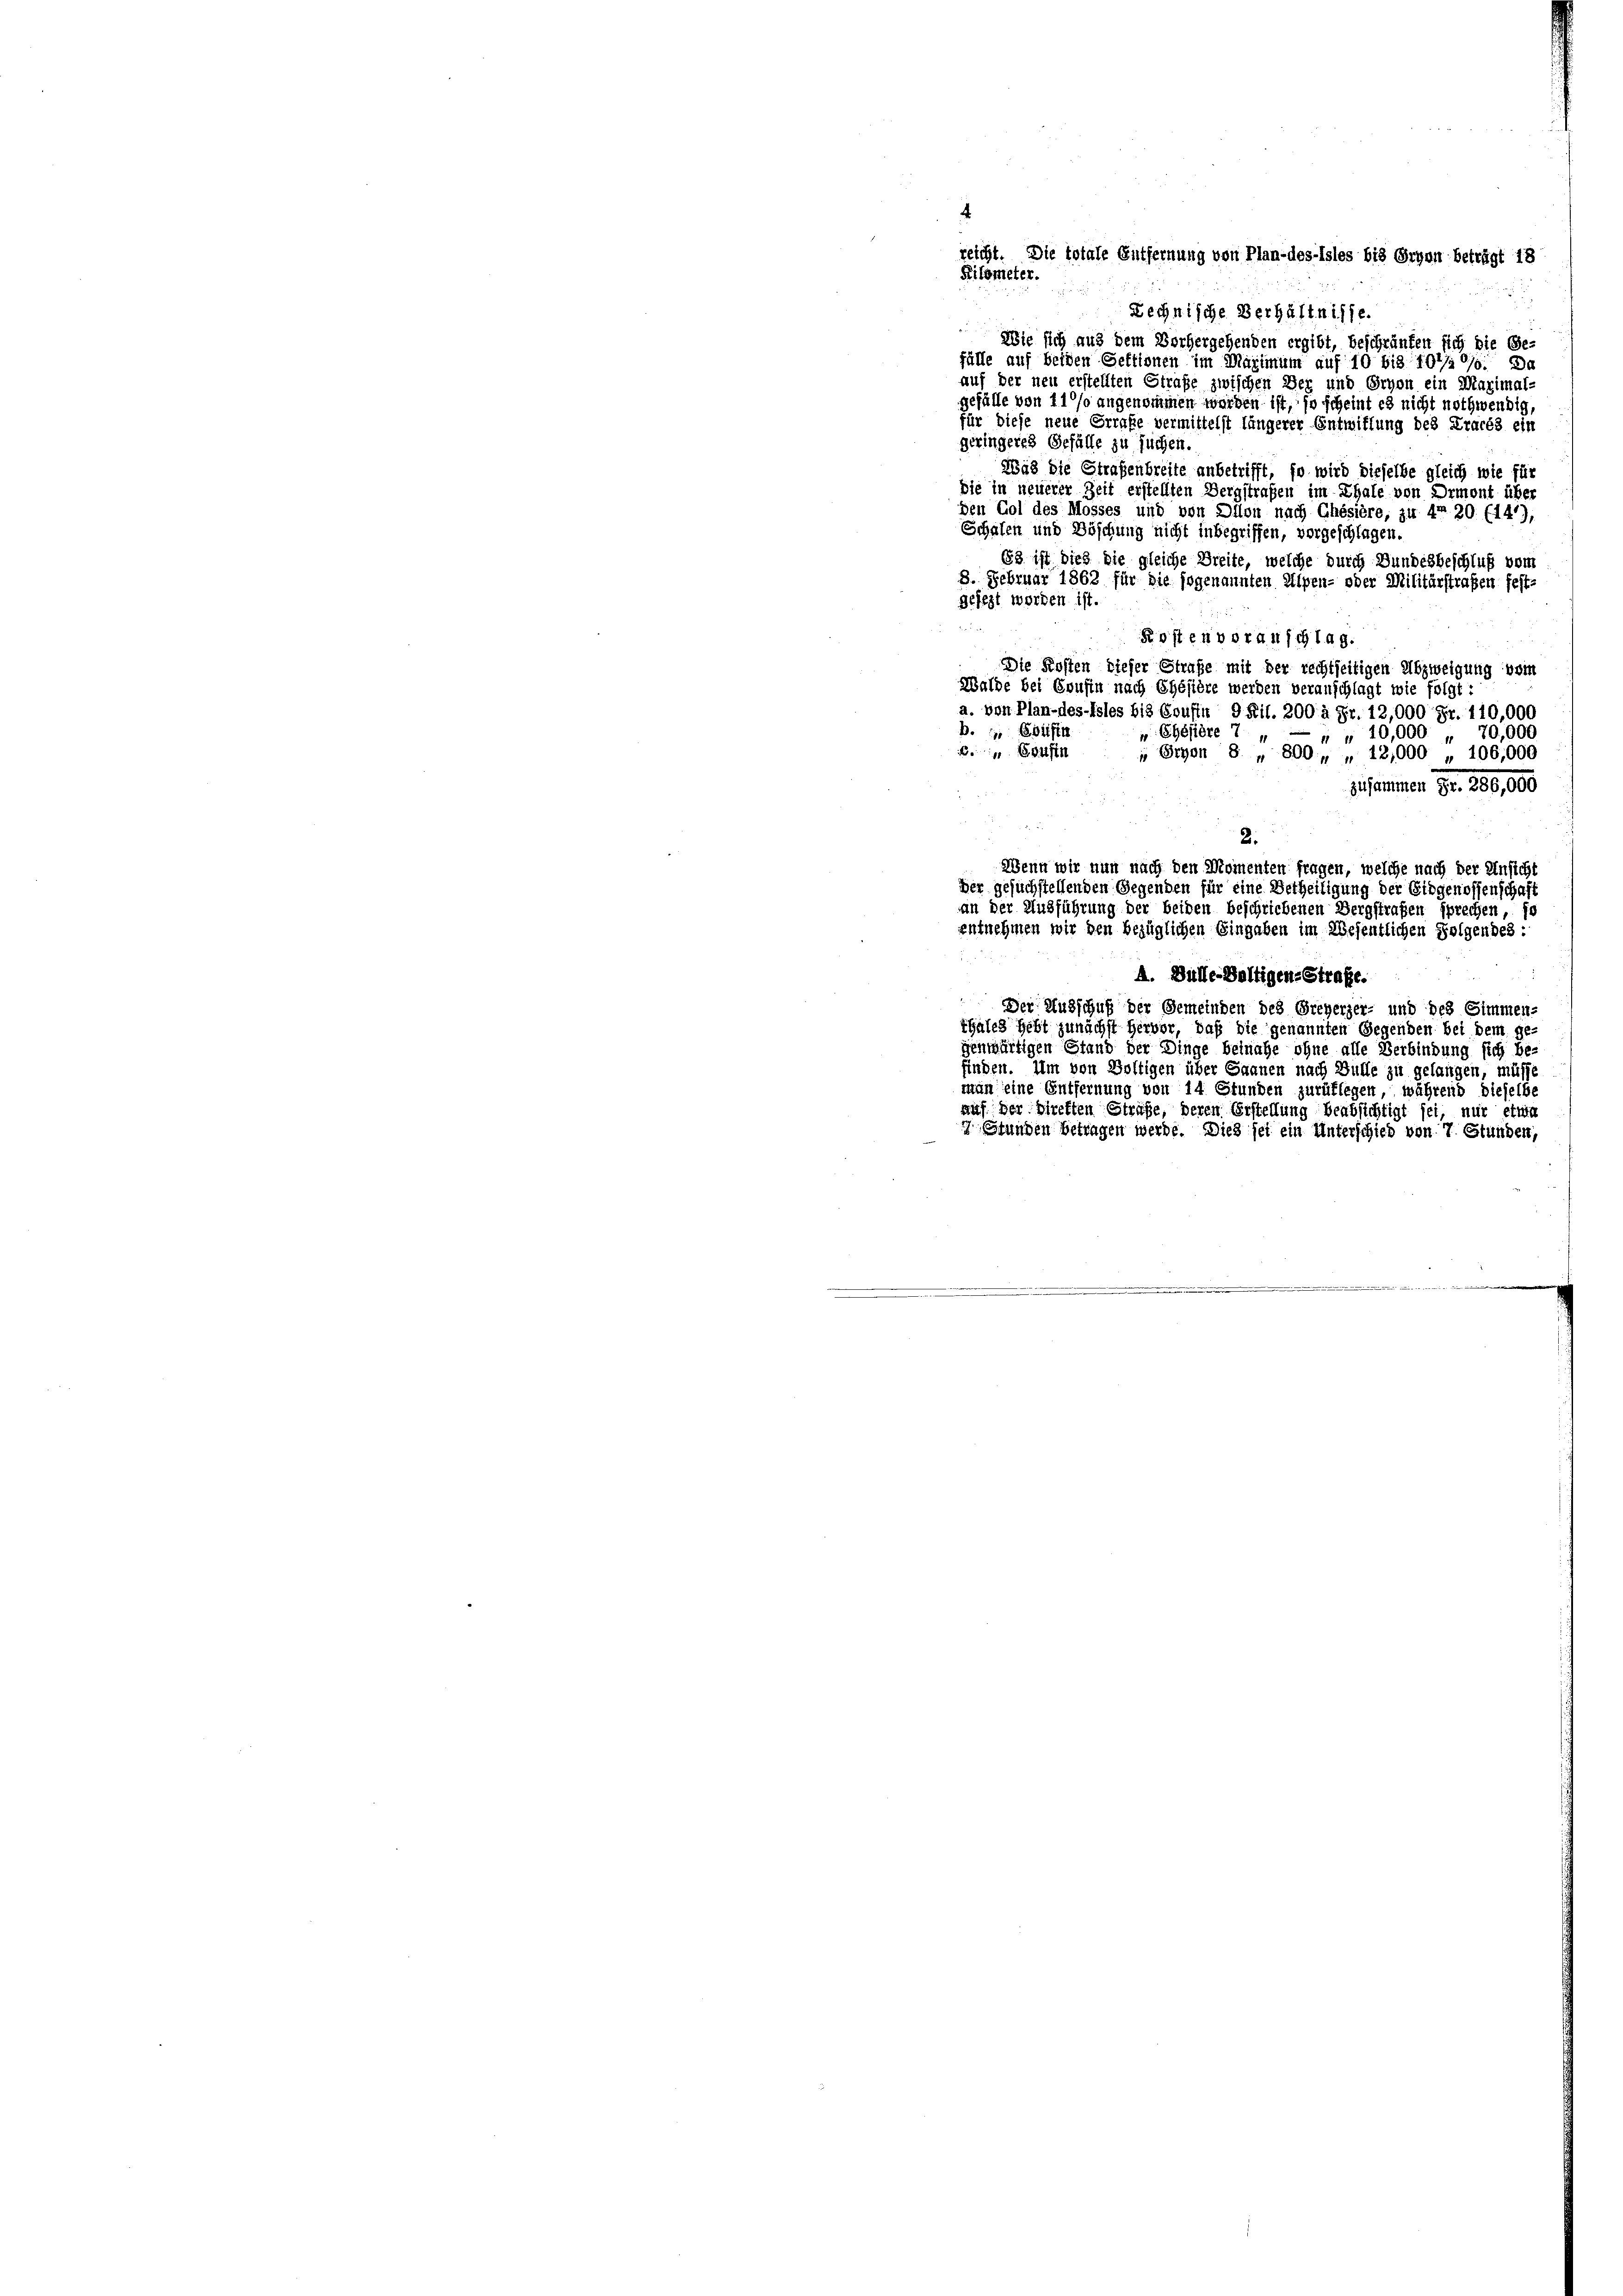
Filometer.
Wie sich aus dem Vorhergehenden ergibt, beschränfen sich die Ge-
fälle auf beiden Sektionen im Maximum auf 10 bis 101. Da
auf der neu erstellten Strafe zwischen Der und Orvon ein Maximal-
gefälle von 11 % angenommen werden ist, so scheint es nicht nothwendig,
für diese neue Grrafe vermittelst längerer Entwittung des Tracés ein
geringeres Gefälle zu suchen
Was die Strafenbreite anbetrifft, so wird dieselbe gleich wie für
Die in neuerer Zeit erstellten Bergstraßen im Thale von Ormont über
den Gol des Mosses und von Dilon nach Chésière, zu 4 20 (147),
Schafen und Böschung nicht inbegriffen, vorgeschlagen.
63 ist dies die gleiche Breite, welche durch Bundesbeschluß vom
8. Februar 1862 für die sogenannten Alpen- oder Militärstraßen fest-
gesezt worden ist.
Posten vorauschlag.
Die Kosten dieser Strafe mit der rechtseitigen Abzweigung vom
Walde bei Cousin nach Ehésière werden veranschlagt wie folgt:
a. von Plan-des-Teles bis Souftn 9 Ril. 200 à Fr. 12,000 Fr. 110,000
B. in Beisin
 Ehestöre 7
" " 10,000 „ 70,000
 Bousin
„ Eryen 8 „ 800, „ 12,000 „ 106,000
zusammen Fr. 260,000
2.
Wenn wir nun nach den Momenten fragen, welche nach der Unsicht
Der gesuchstellenden Gegenden für eine Betheiligung der Eidgenossenschaft
an der Ausführung der beiden beschriebenen Bergstrafen sprechen, fo
entnehmen wir den bezüglichen Eingaben im Wesentlichen Folgendes:
A. Bulle-Valtigen-Strafe.
Der Ausschuß der Gemeinden des Greyerzer- und des Simmen-
thales hebt zunächst hervor, daß die genannten Gegenden bei dem ge-
genwärtigen Stand der Dinge beinahe ohne alle Verbindung sich be
finden. Um von Boltigen über Saanen nach Bulle zu gelangen, müss
man eine Entfernung von 14 Stunden zurüflegen, während dieselbe
auf der preften Strafe, deren Erstellung beabsichtigt sei, nur etwa
2 Stunden betragen werde. Dies sei ein Unterschied von 7. Stunden,

reicht. Die totale Entfernung von Plan-des-Isles bis Orvon beträgt 18
Lechnische Verhältnisse.